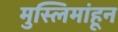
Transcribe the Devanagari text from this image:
मुस्लिमांहून